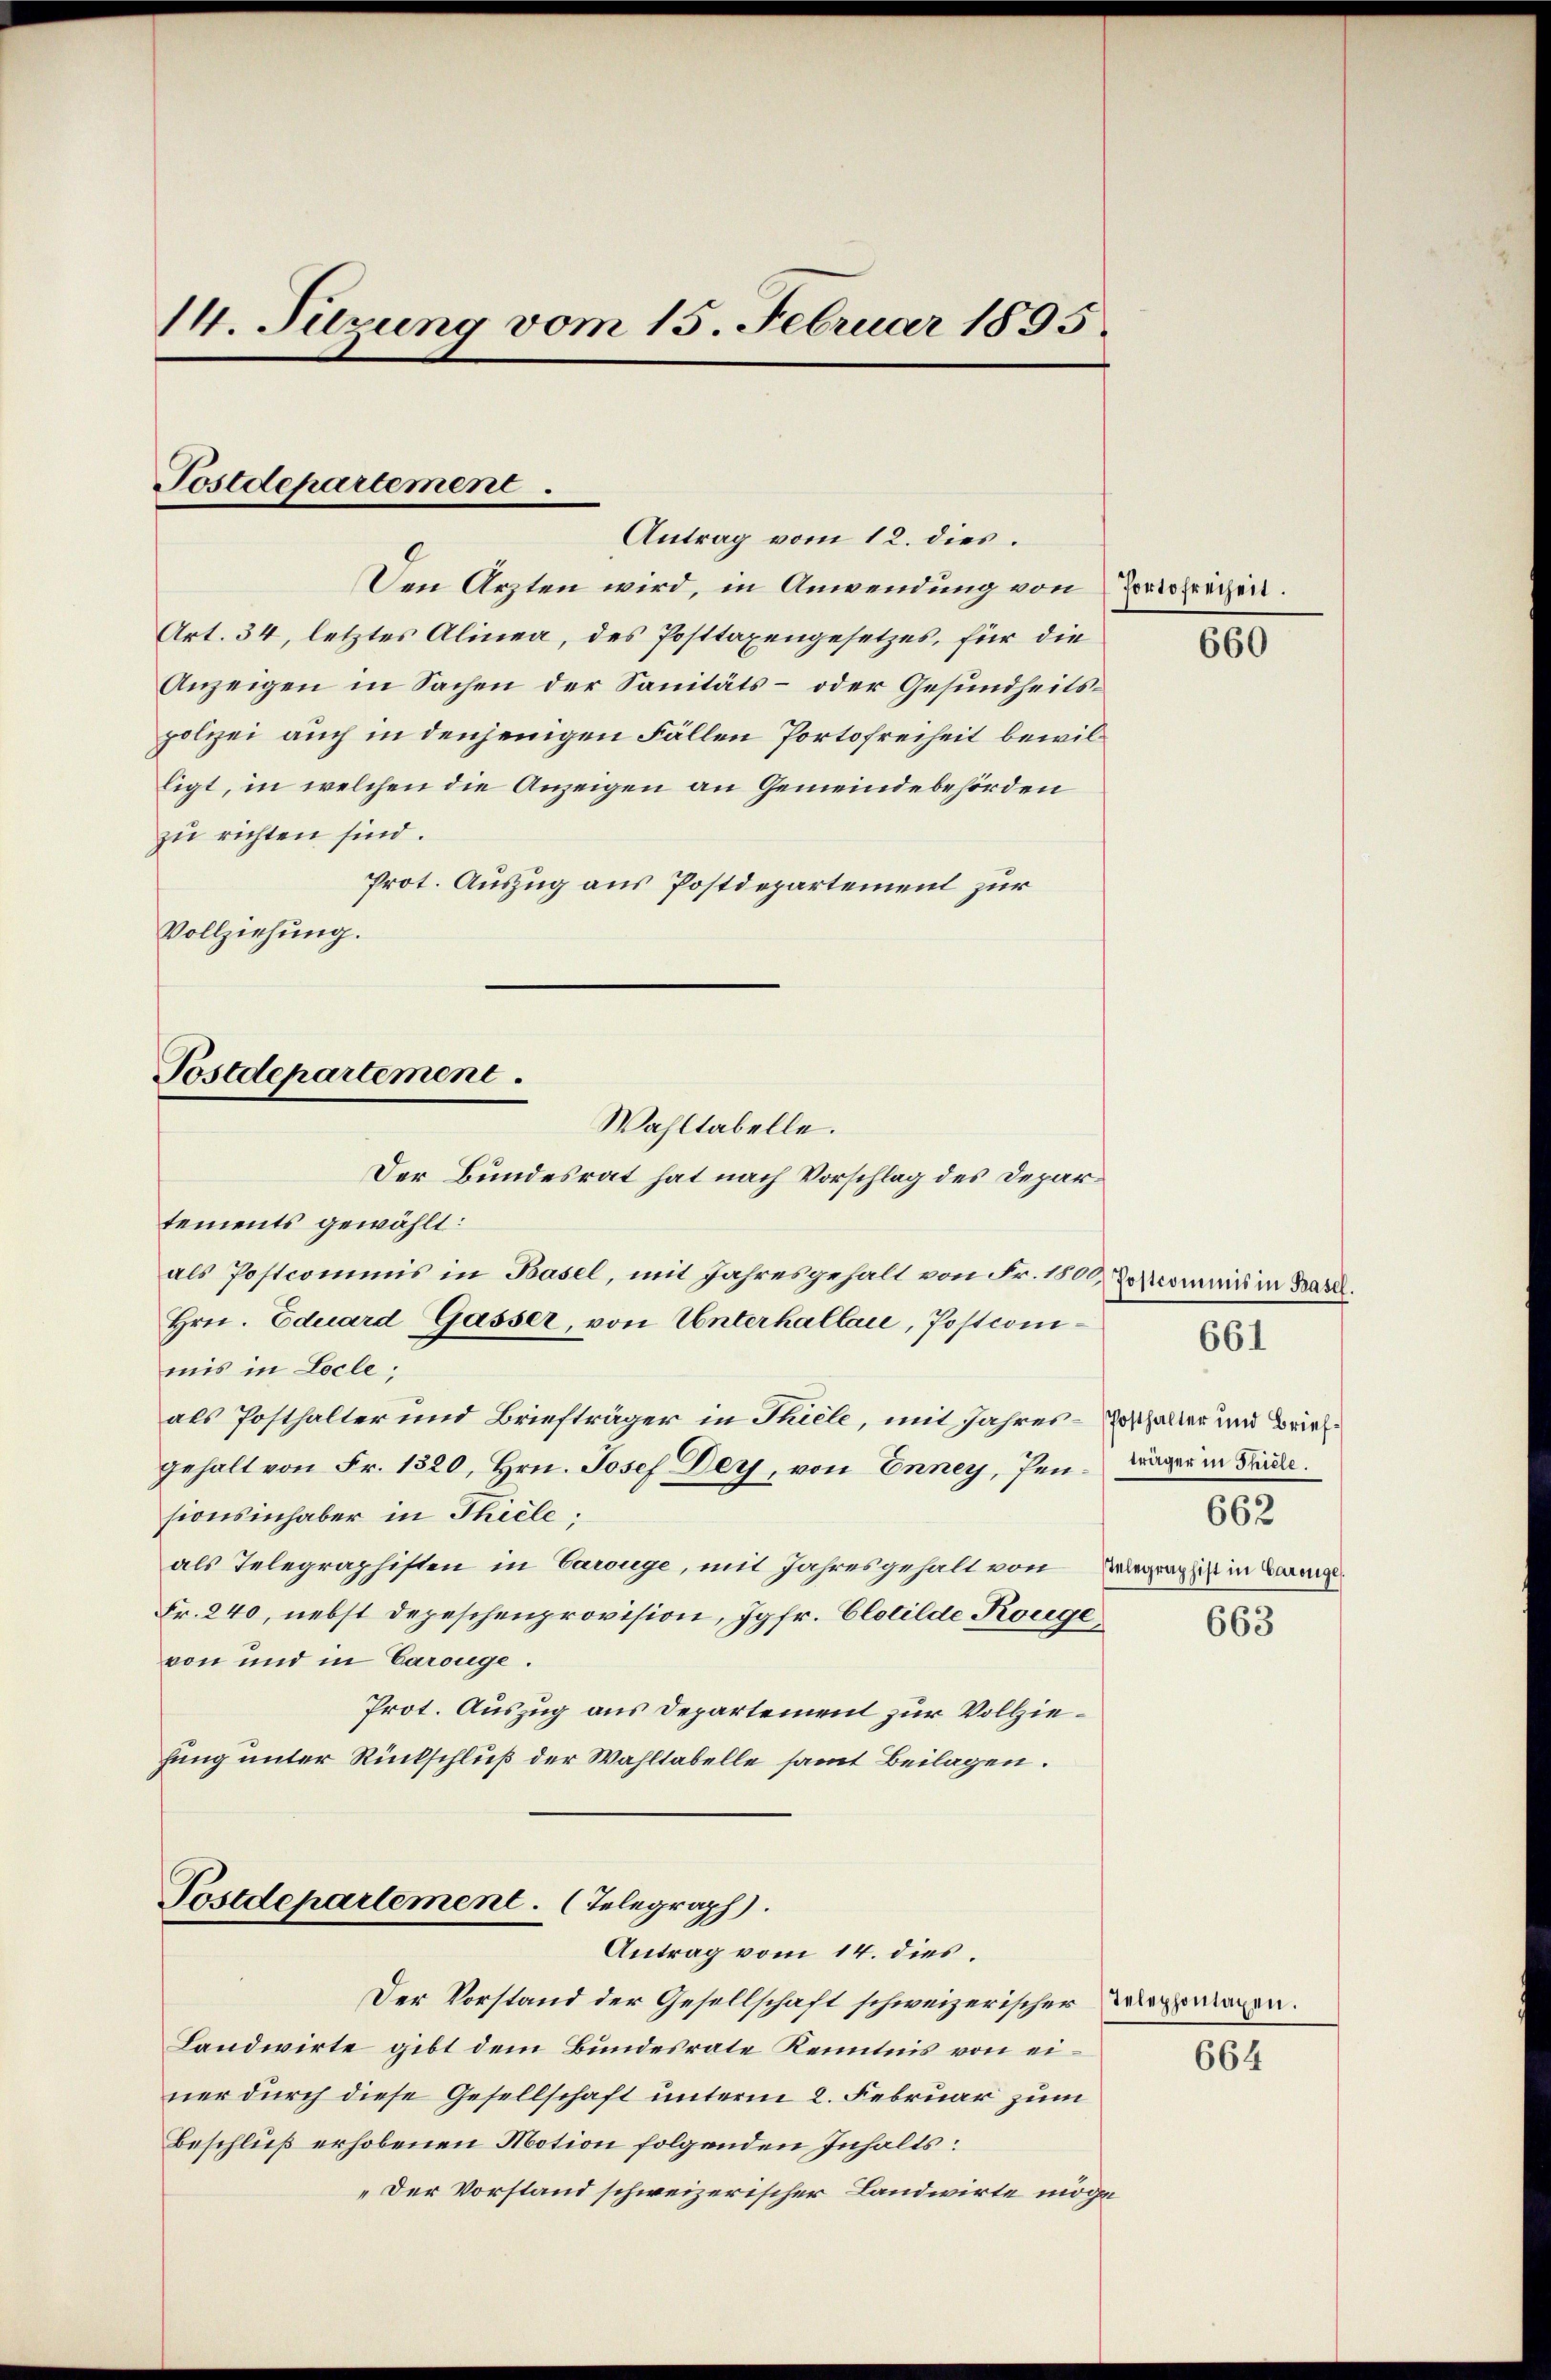
14. Tuzung vom 15. Februar 1895.

Postdepartement.
Antrag vom 12. dies

Den Arzten wird, in Anwendung von Portofreiheit.
Art. 34, letztes Alinea, des Posttaxengesetzes, für die
Anzeigen in Sachen der Sanitäts- oder Gesundheitspolizei auch in denjenigen Fällen Portofreiheit bewilligt, in welchen die Anzeigen an Gemeindebehörden
zu richten sind.
Prot. Auszug aus Postdepartement zur
Vollziehung.

Postdepartement.
Wahltabelle.

Postdepartement. (Telegraph
Antrag vom 14. dies

Der Bundesrat hat nach Vorschlag des Departements gewählt:
als Postcommis in Basel, mit Jahresgehalt von Fr. 1000 Zoscommis in Basel.
Hrn. Eduard Gasser, von Unterhallace, Postcomimis in Locle;
als Posthalter und Briefträger in Thiele, mit Jahres-Erschalter und Briefgehalt von Fr. 1320, Hrn. Josef Dey, von Enney, Pensionsinhaber in Thiele;
als Telegraphisten in Carouge, mit Jahresgehalt von Verganis in Bern
Fr. 240, nebst Depeschenprovision, Jgfr. Clotilde Konge
von und in Carouge.
Prot. Auszug aus Departement zur Vollziehung unter Rückschluß der Wahltabelle samt Beilagen.

Der Vorstand der Gesellschaft schweizerischer Versagen.
Landwirte gibt dem Bundesrate Kenntnis von einer durch diese Gesellschaft unterm 2. Februar zum
Beschluß erhobenen Motion folgenden Inhalts:
„Der Vorstand schweizerischer Landwirte möge

660

träger in Thiele.
662
663

661

664